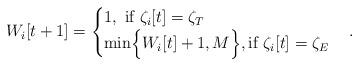
LaTeX: \begin{align*}W_i[t+1]=\begin{cases}1,~\textrm{if}~\zeta_i[t]=\zeta_T\\\textrm{min}\Big\{W_i[t]+1, M\Big\}, \textrm{if}~\zeta_i[t]=\zeta_E\\\end{cases}.\end{align*}